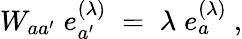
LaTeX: W_{aa^{\prime}}\; e_{a^{\prime}}^{(\lambda)}\; =\; \lambda\; e_{a}^{(\lambda)}\ ,